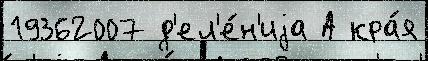
19362007 д'ел'е́н'иjа А кра́я